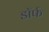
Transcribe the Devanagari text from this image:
डॉर्फ